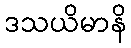
ဒသယိမာနိ